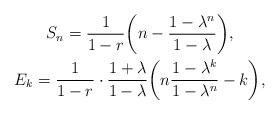
LaTeX: \begin{gather*} S_n=\frac{1}{1-r}\bigg(n-\frac{1-\lambda^n}{1-\lambda}\bigg),\\ E_k=\frac{1}{1-r}\cdot\frac{1+\lambda}{1-\lambda}\bigg(n\frac{1-\lambda^k}{1-\lambda^n}-k\bigg),\end{gather*}